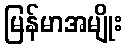
မြန်မာအမျိုး